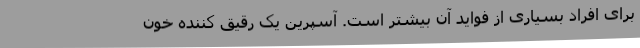
برای افراد بسیاری از فواید آن بیشتر است. آسپرین یک رقیق کننده خون